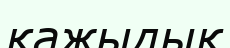
қажыдық